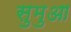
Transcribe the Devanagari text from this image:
सुमुआ